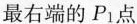
最右端的P_{1}点